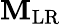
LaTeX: \mathbf{M}_{\textrm{{LR}}}